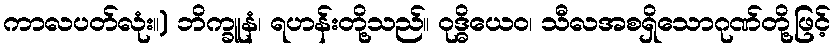
ကာလပတ်လုံး။) ဘိက္ခူနံ၊ ရဟန်းတို့သည်။ ဝုဒ္ဓိယေဝ၊ သီလအစရှိသောဂုဏ်တို့ဖြင့်